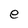
Character: e